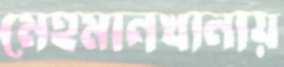
মেহমানখানায়